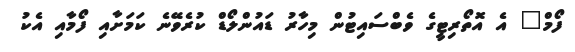
ފޯމް" އެ އޮތޯރިޓީގެ ވެބްސައިޓުން މިހާރު ޑައުންލޯޑް ކުރެވޭނެ ކަމަށާއި ފޯމާއި އެކު